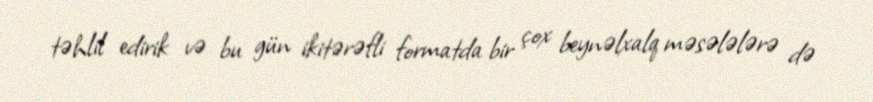
təhlil edirik və bu gün ikitərəfli formatda bir çox beynəlxalq məsələlərə də